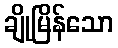
ချိုမြိန်သော